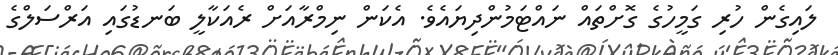
ލައިގެން ހުރި ގަމީހުގެ ގޮށްތައް ނައްޓަމުންދިޔައެވެ. އެކަން ނިމްރާއަށް ރެއަކާލީ ބަނޑުގައި އަރްސަލްގެ